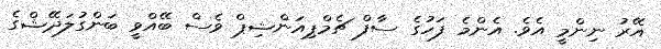
އޭރު ނިންމީ އެވެ. އެންމެ ފަހުގެ ސާފް ޗެމްޕިއަންޝިޕް ވެސް ބޭއްވީ ބަންގުލަދޭޝްގެ